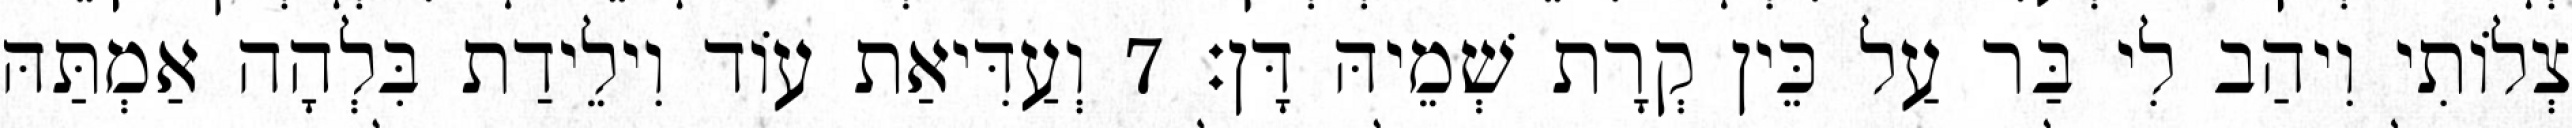
צְלוֹתִי וִיהַב לִי בַּר עַל כֵּין קְרָת שְׁמֵיהּ דָּן׃ 7 וְעַדִּיאַת עוֹד וִילֵידַת בִּלְהָה אַמְתַּהּ